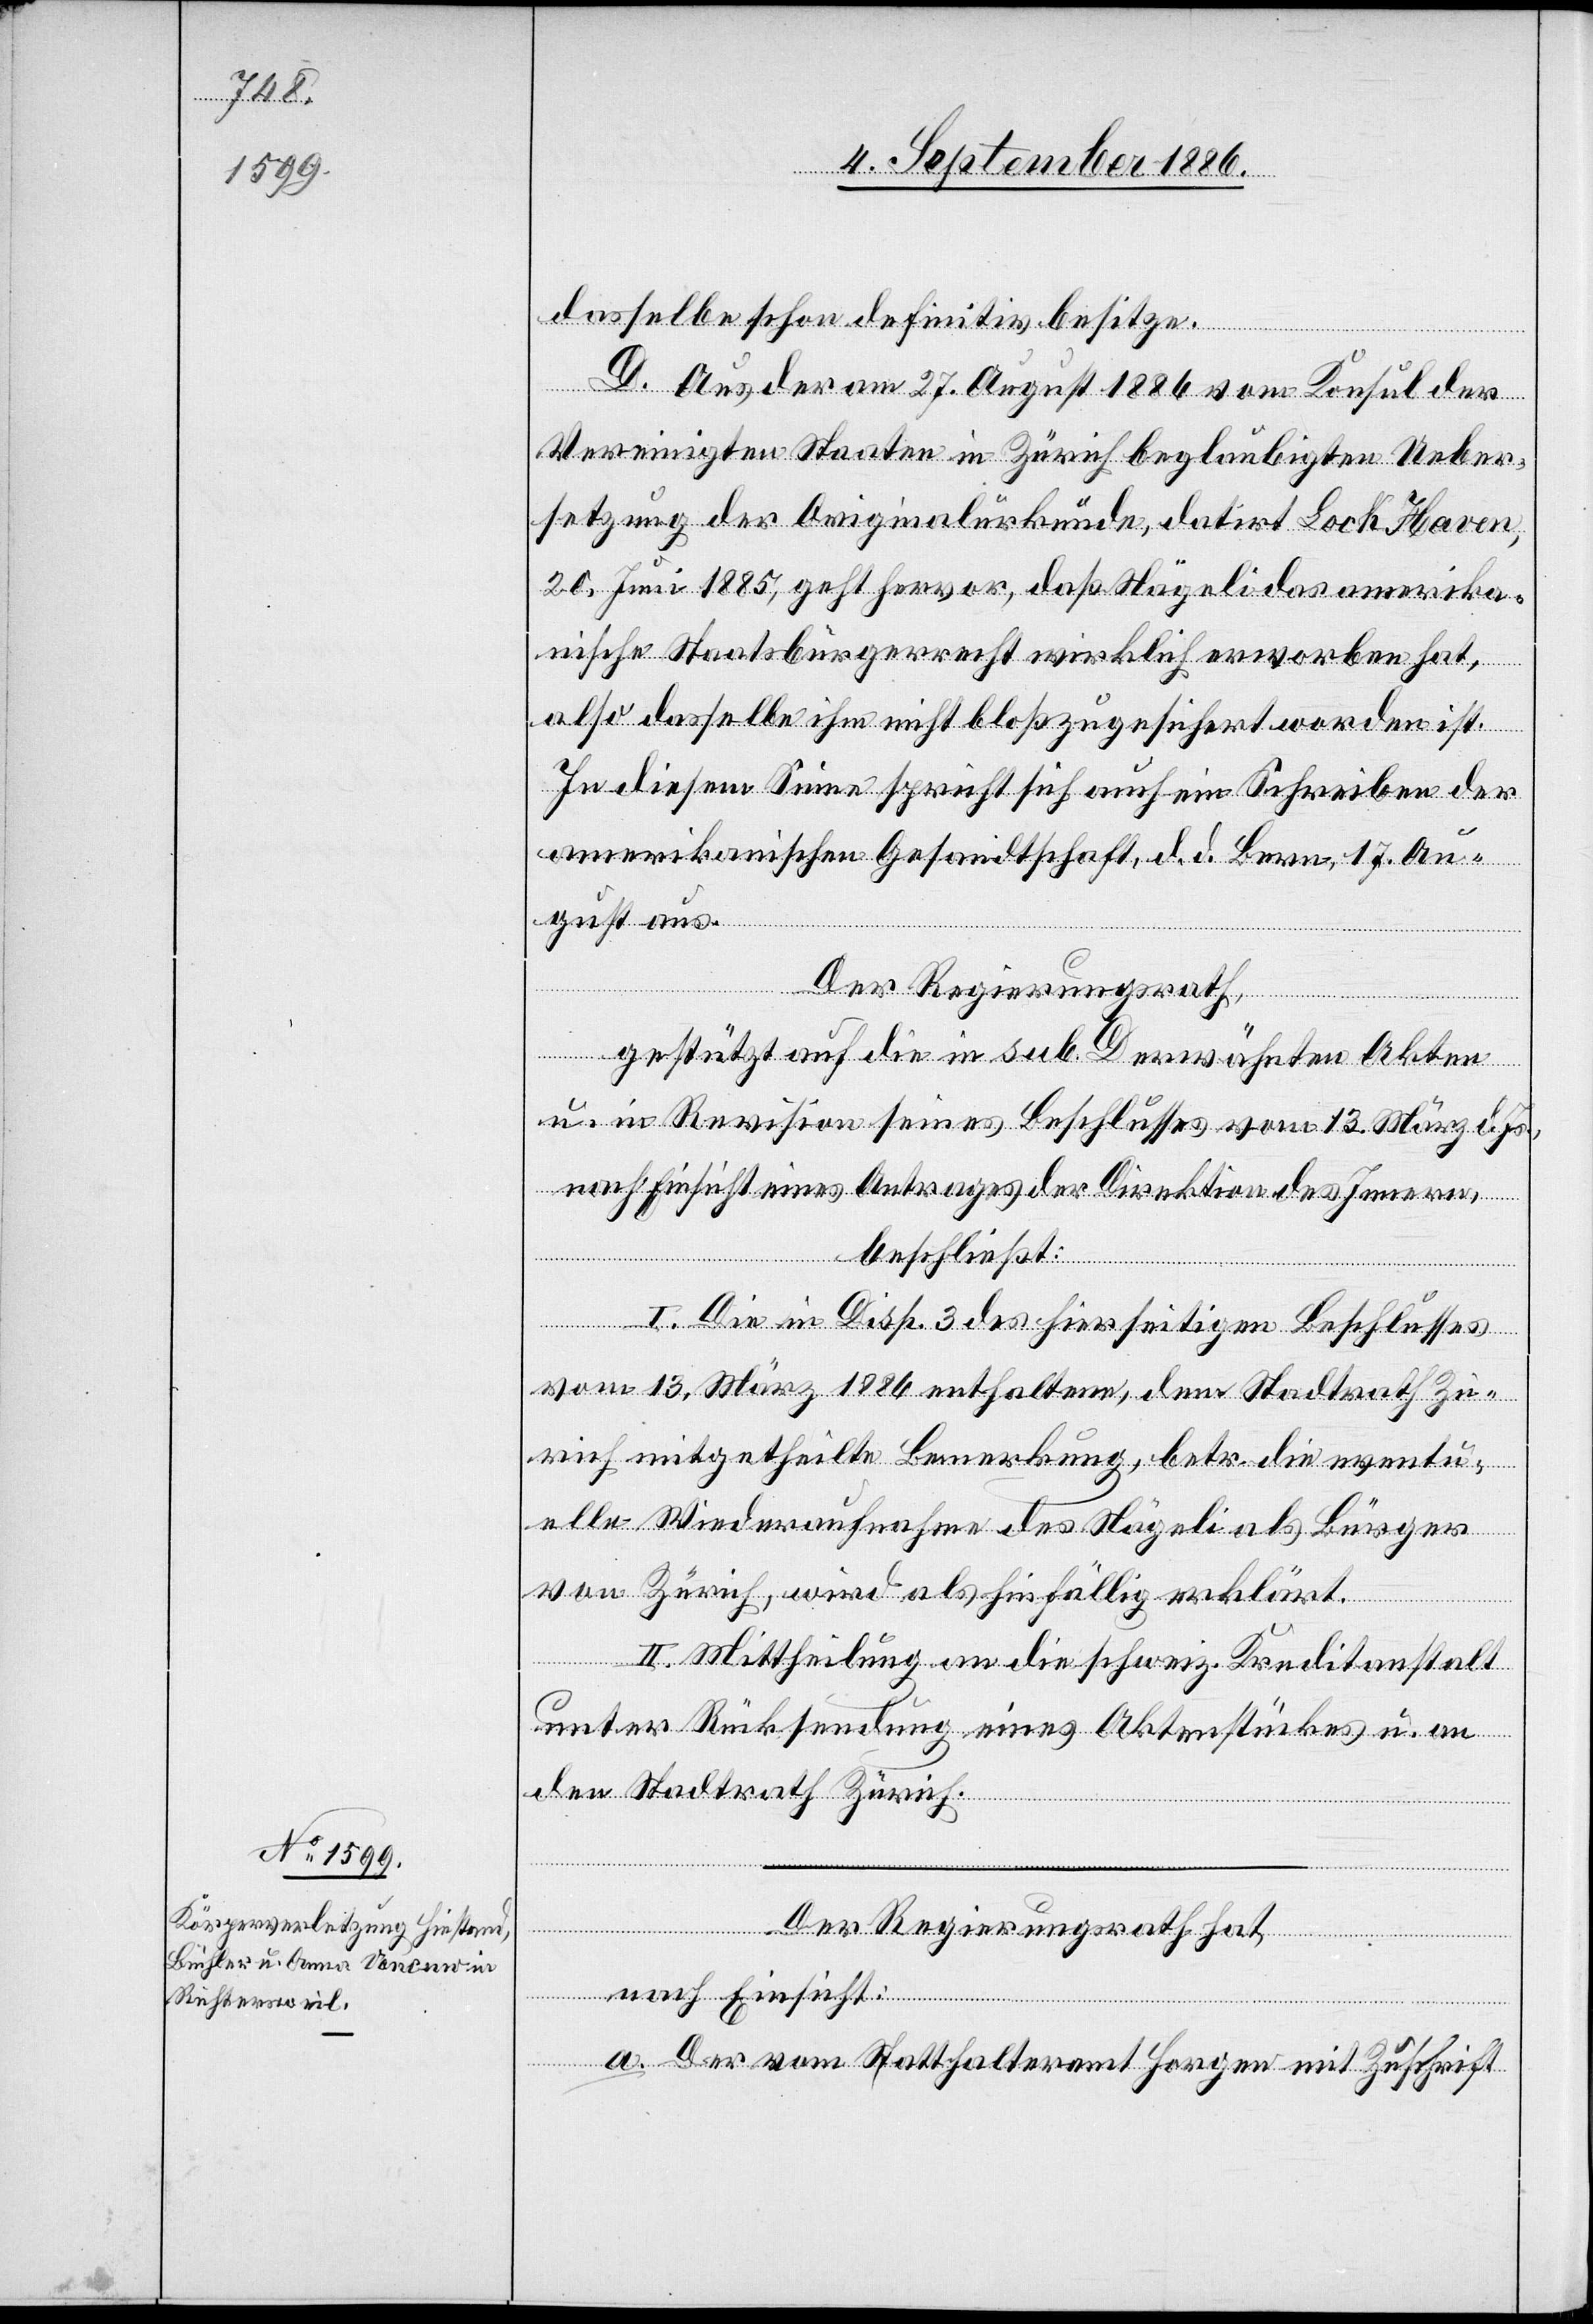
dasselbe schon definitiv besitze.
D. Aus der am 27. August 1886 vom Konsul der
Vereinigten Staaten in Zürich beglaubigten Ueber¬
setzung der Originalurkunde, datirt Lock Haven,
20. Juni 1885, geht hervor, daß Nägeli das amerika¬
nische Staatsbürgerrecht wirklich erworben hat,
also dasselbe ihm nicht bloß zugesichert worden ist.
In diesem Sinne spricht sich auch ein Schreiben der
amerikanischen Gesandtschaft, d. d. Bern, 17. Au¬
gust aus.
Der Regierungsrath,
gestützt auf die in sub. D erwähnten Akten
u. in Revision seines Beschlusses vom 13. März d.
nach Einsicht eines Antrages der Direktion des Innern,
beschließt:
I. Die in Disp. 3 des hierseitigen Beschlusses
vom 13. März 1886 enthaltene, dem Stadtrath Zü¬
rich mitgetheilte Bemerkung, betr. die eventu¬
elle Wiederaufnahme des Nägeli als Bürger
von Zürich, wird als hinfällig erklärt.
II. Mittheilung an die schweiz. Kreditanstalt
unter Rücksendung eines Aktenstückes u. an
den Stadtrath Zürich.
Der Regierungsrath hat,
nach Einsicht:
a. Der vom Statthalteramt Horgen mit Zuschrift